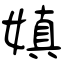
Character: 嫃